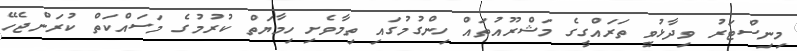
މިނިސްޓަރު ވިދާޅުވީ ތަރައްގީގެ މަޝްރޫއުތައް ހިންގުމުގައި ތިމާވެށި ހިމާޔަތް ކުރުމުގެ މަސައްކަތް ކުރަންޖެހޭ